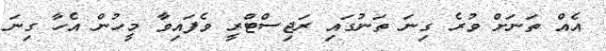
އެއް ތަނަށް ވުރެ ގިނަ ތަނުގައި ރަޖިސްޓްރީ ވެފައިވާ މީހުން އެހާ ގިނަ